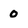
Character: o